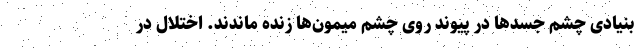
بنیادی چشم جسدها در پیوند روی چشم میمون‌ها زنده ماندند. اختلال در